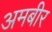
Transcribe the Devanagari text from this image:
अमबीर